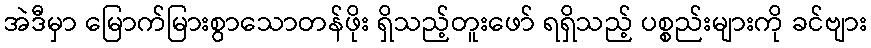
အဲဒီမှာ မြောက်မြားစွာသောတန်ဖိုး ရှိသည့်တူးဖော် ရရှိသည့် ပစ္စည်းများကို ခင်ဗျား